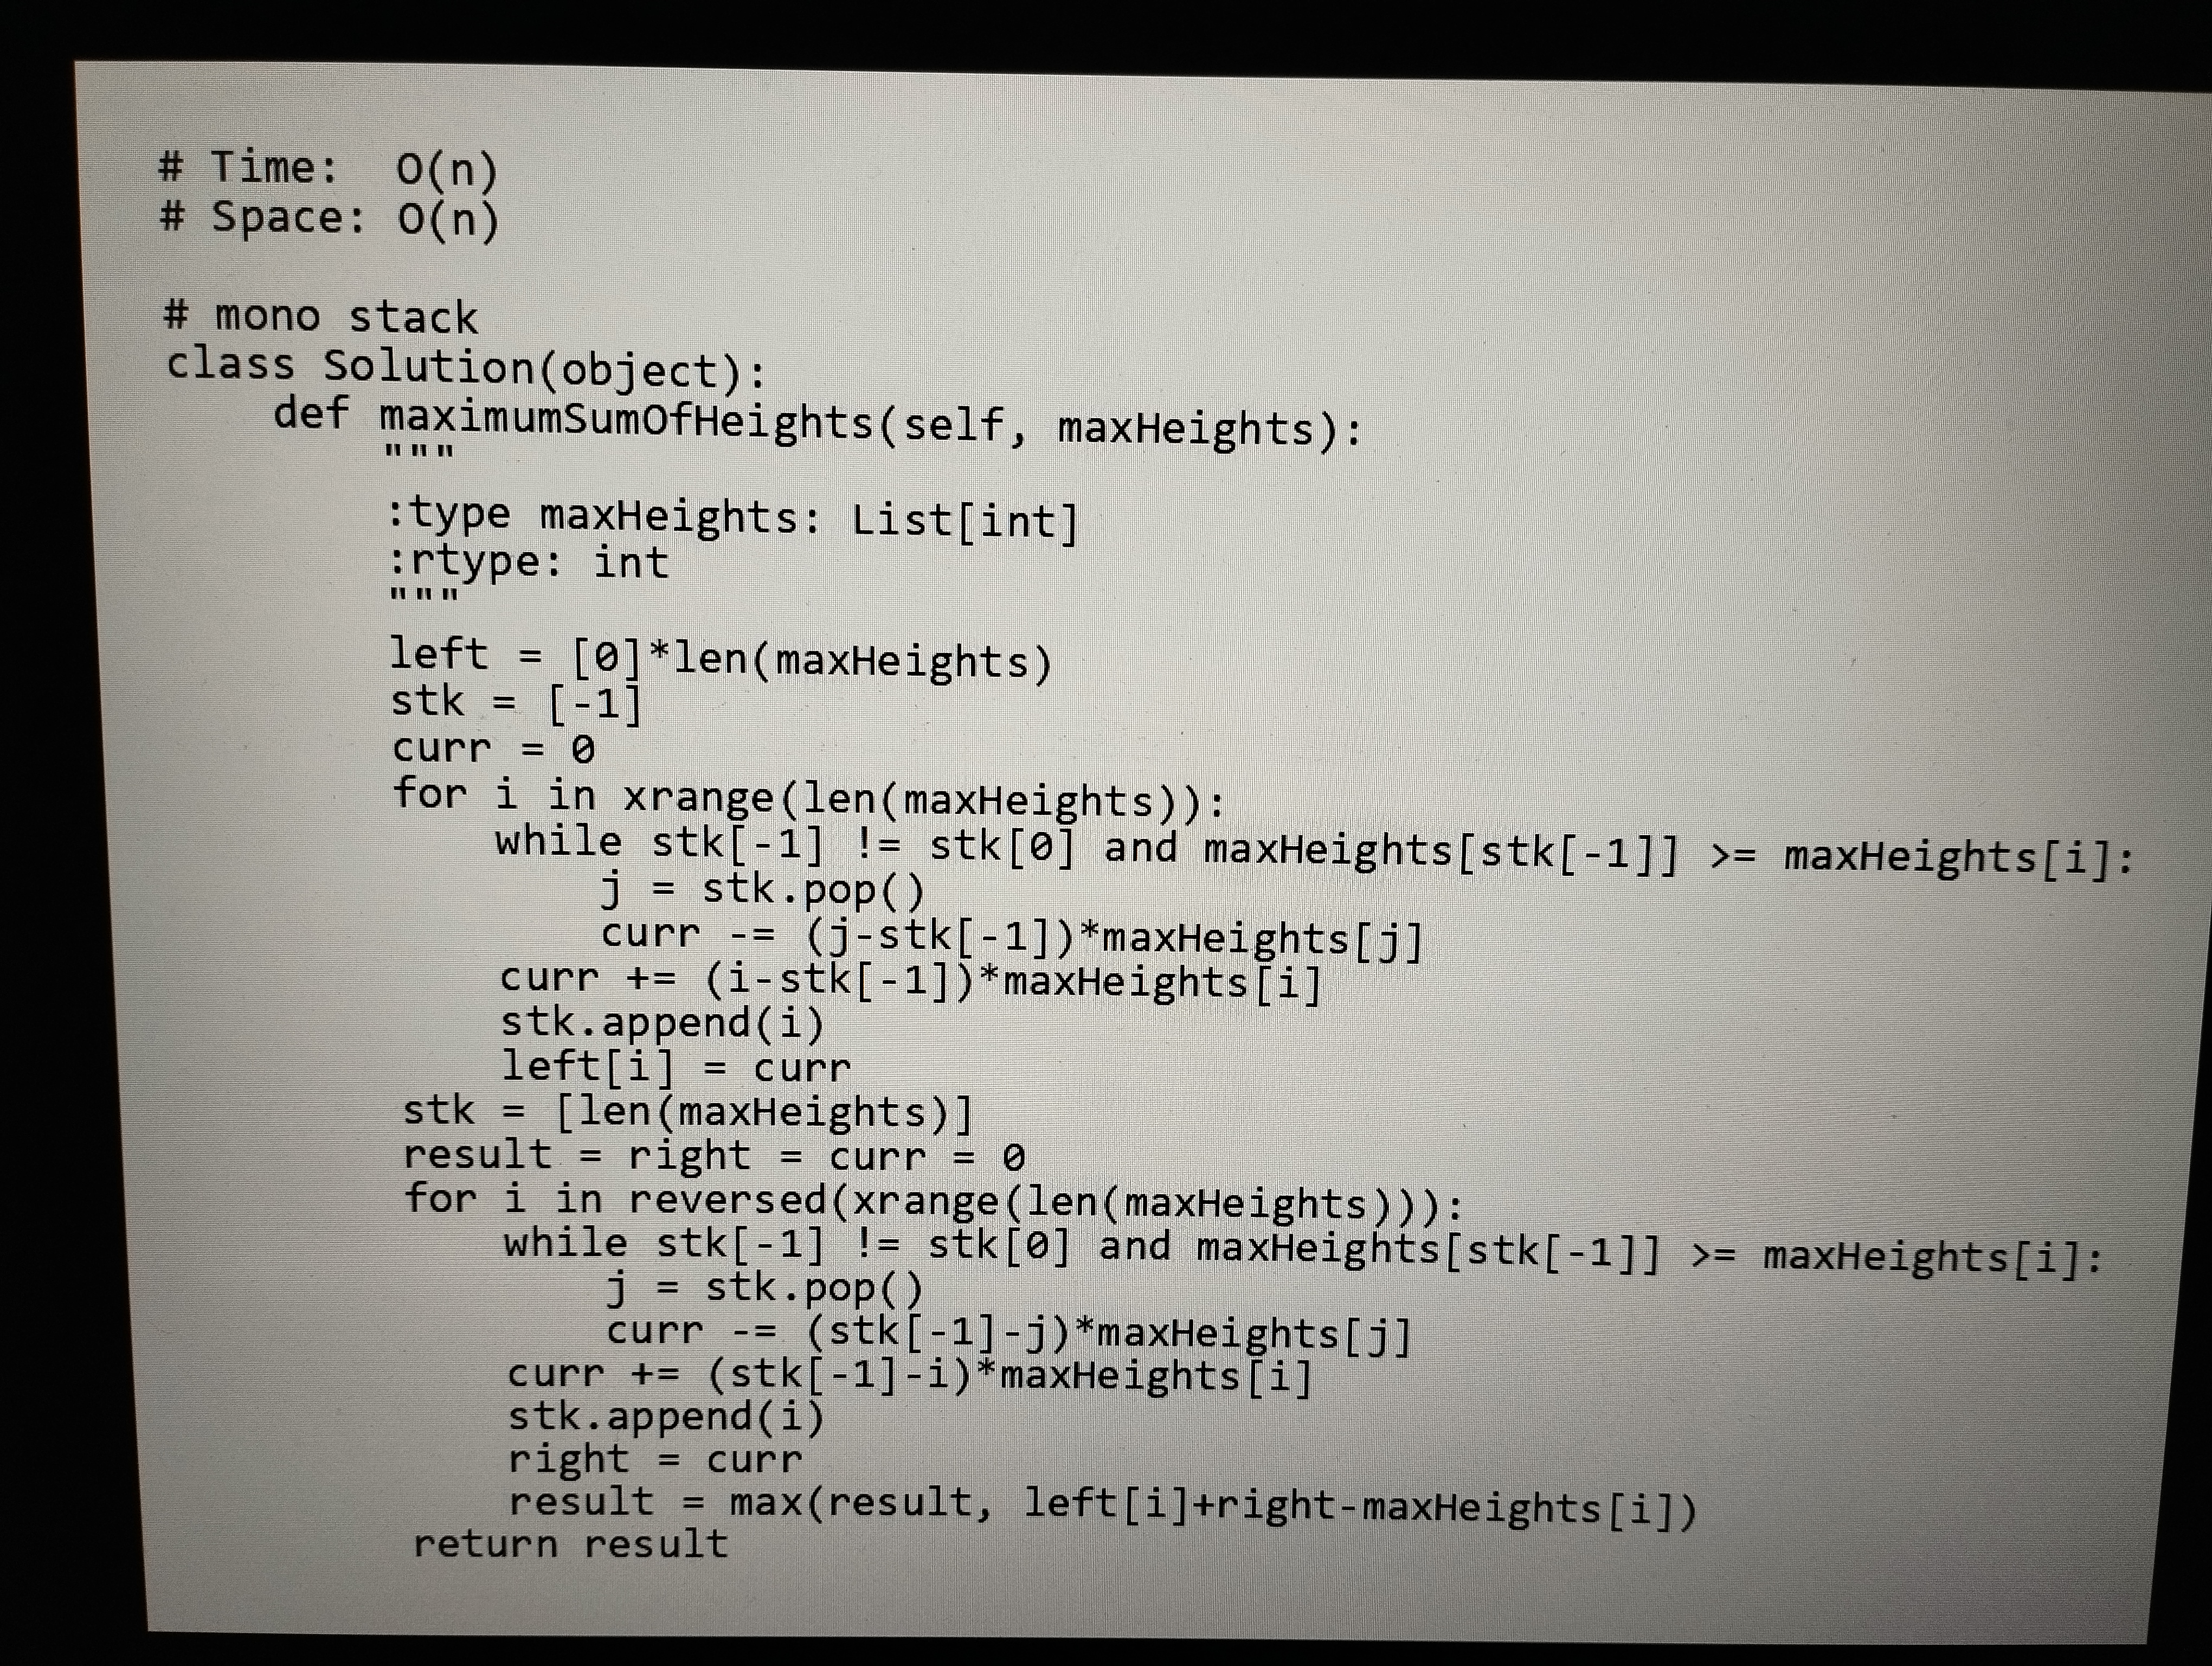
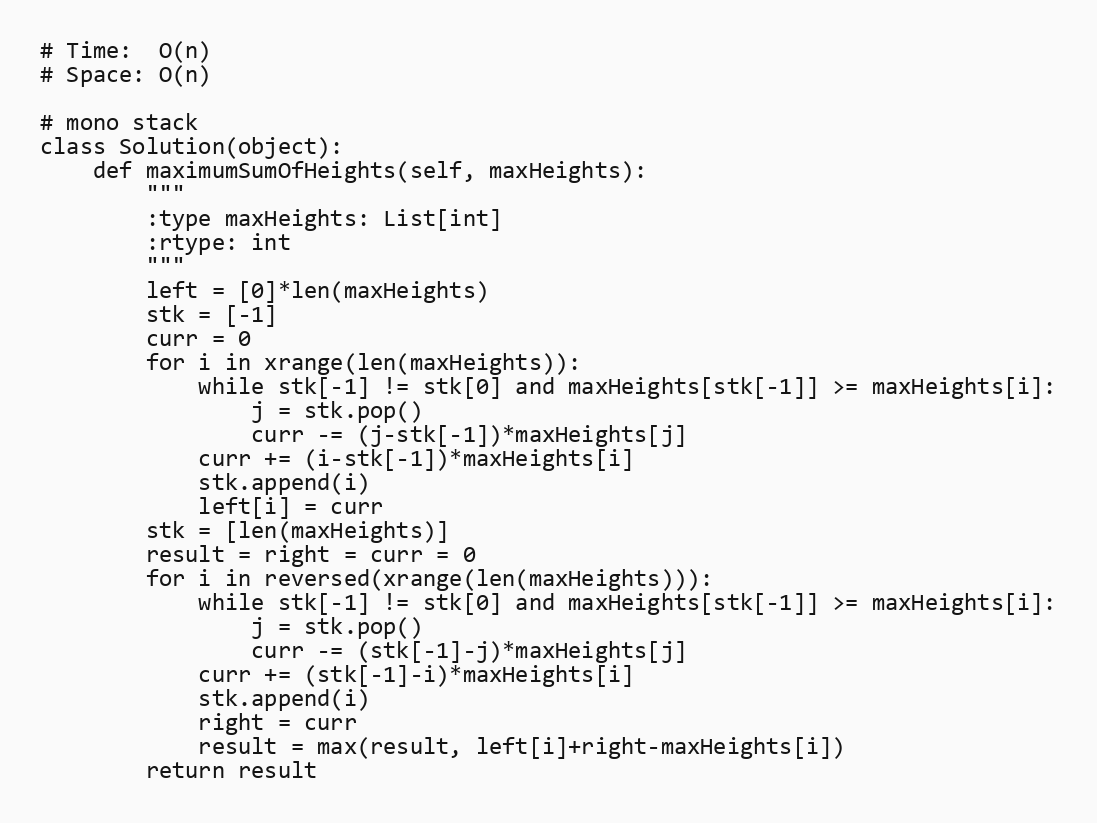
# Time:  O(n)
# Space: O(n)

# mono stack
class Solution(object):
    def maximumSumOfHeights(self, maxHeights):
        """
        :type maxHeights: List[int]
        :rtype: int
        """
        left = [0]*len(maxHeights)
        stk = [-1]
        curr = 0
        for i in xrange(len(maxHeights)):
            while stk[-1] != stk[0] and maxHeights[stk[-1]] >= maxHeights[i]:
                j = stk.pop()
                curr -= (j-stk[-1])*maxHeights[j]
            curr += (i-stk[-1])*maxHeights[i]
            stk.append(i)
            left[i] = curr
        stk = [len(maxHeights)]
        result = right = curr = 0
        for i in reversed(xrange(len(maxHeights))):
            while stk[-1] != stk[0] and maxHeights[stk[-1]] >= maxHeights[i]:
                j = stk.pop()
                curr -= (stk[-1]-j)*maxHeights[j]
            curr += (stk[-1]-i)*maxHeights[i]
            stk.append(i)
            right = curr
            result = max(result, left[i]+right-maxHeights[i])
        return result